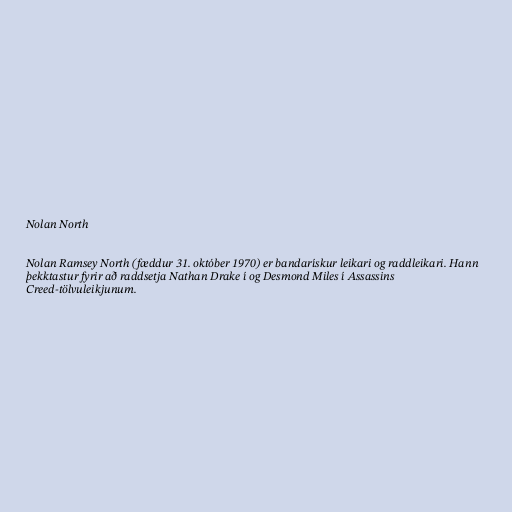
Nolan North

Nolan Ramsey North (fæddur 31. október 1970) er bandarískur leikari og raddleikari. Hann
þekktastur fyrir að raddsetja Nathan Drake í og Desmond Miles í Assassins
Creed-tölvuleikjunum.